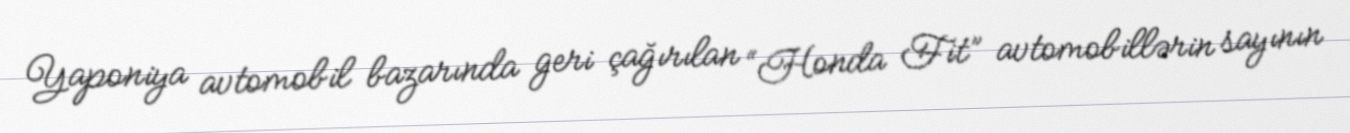
Yaponiya avtomobil bazarında geri çağırılan “Honda Fit” avtomobillərin sayının